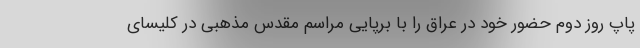
پاپ روز دوم حضور خود در عراق را با برپایی مراسم مقدس مذهبی در کلیسای